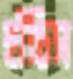
হাঁচিস